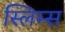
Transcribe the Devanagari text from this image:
स्लिम्स